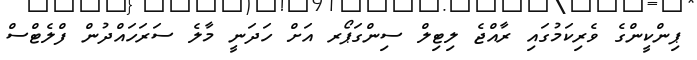
ޕިންކީންގެ ވެރިކަމުގައި ރާއްޖެ ލިޓިލް ސިންގަޕޯރ އަށް ހަދަނީ މާލެ ސަރަހައްދުން ފްލެޓްސް